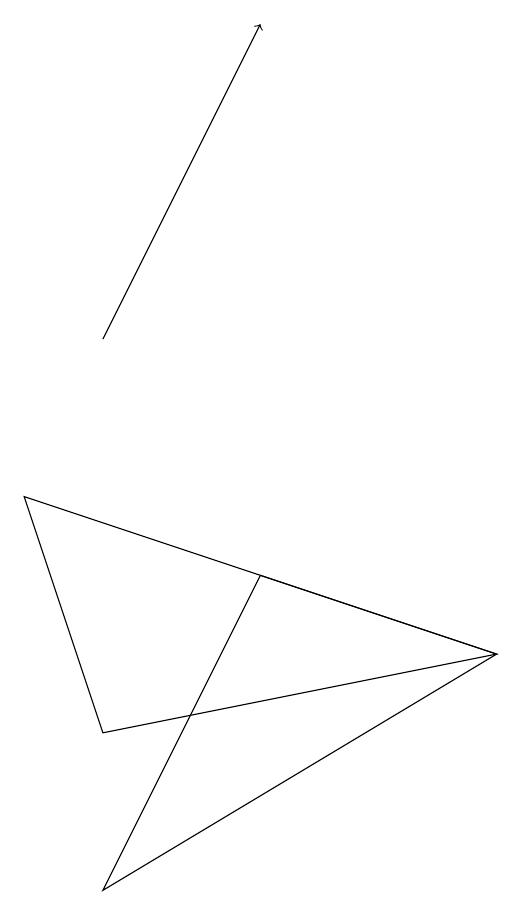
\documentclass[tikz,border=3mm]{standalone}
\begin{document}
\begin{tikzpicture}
\draw (6,6) -- (3,7) -- (1,3) -- cycle;
\draw (6,6) -- (0,8) -- (1,5) -- cycle;
\draw[->] (1,10) -- (3,14);
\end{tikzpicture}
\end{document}